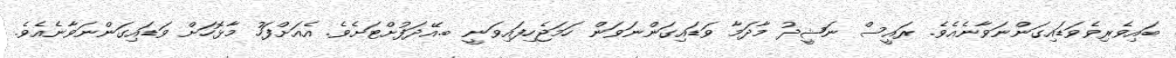
ބައިވެރިވެވަޑައިގަންނަވާނެއެވެ. ރައީސް ނަޝީދު މާދަމާ ވަޑައިގަންނަވަން ހަމަޖެހިފައިވަނީ ބ.އޭދަފުށްޓަށެވެ. އެއަށްފަހު މާޅޮހަށް ވަޑައިގަންނަވާނެއެވެ.